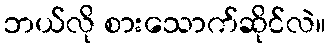
ဘယ်လို စားသောက်ဆိုင်လဲ။